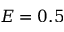
E = 0 . 5